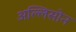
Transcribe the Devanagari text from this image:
अल्लिसोन